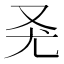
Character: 𠬭